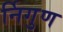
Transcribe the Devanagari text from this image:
र्निगुण